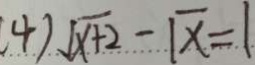
4 ) \sqrt { x + 2 } - \sqrt { x } = 1